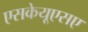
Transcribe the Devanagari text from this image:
एसकेयूएसए